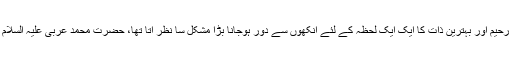
حضور اکرم صلی اﷲ علیہ وسلم جیسے مشفق، رحیم اور بہترین ذات کا ایک ایک لحظہ کے لئے آنکھوں سے دور ہوجانا بڑا مشکل سا نظر آتا تھا، حضرت محمد عربی علیہ السلام کی یاد میں آنکھوں سے آنسو رواں دواں رہتے۔